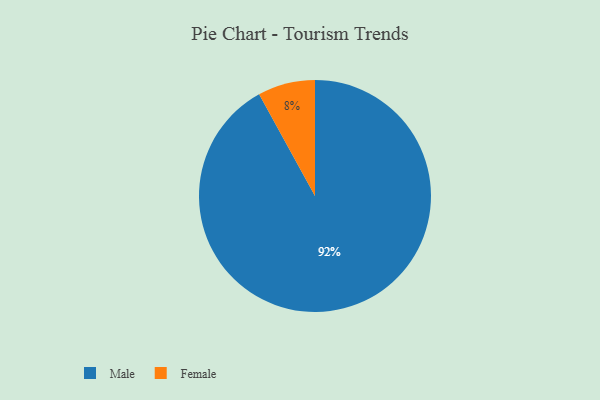
{"axis": {"x": "Category", "y": "Percentage"}, "legend": ["Female", "Male"], "data": [{"x": "Female", "y": 8, "type": "Female"}, {"x": "Male", "y": 92, "type": "Male"}]}